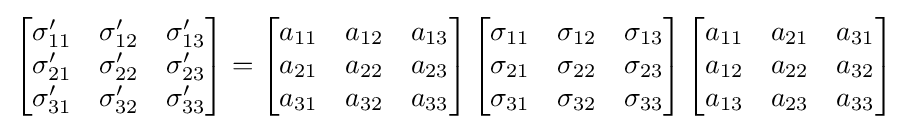
\left[{\begin{matrix}\sigma '_{11}&\sigma '_{12}&\sigma '_{13}\\\sigma '_{21}&\sigma '_{22}&\sigma '_{23}\\\sigma '_{31}&\sigma '_{32}&\sigma '_{33}\\\end{matrix}}\right]=\left[{\begin{matrix}a_{11}&a_{12}&a_{13}\\a_{21}&a_{22}&a_{23}\\a_{31}&a_{32}&a_{33}\\\end{matrix}}\right]\left[{\begin{matrix}\sigma _{11}&\sigma _{12}&\sigma _{13}\\\sigma _{21}&\sigma _{22}&\sigma _{23}\\\sigma _{31}&\sigma _{32}&\sigma _{33}\\\end{matrix}}\right]\left[{\begin{matrix}a_{11}&a_{21}&a_{31}\\a_{12}&a_{22}&a_{32}\\a_{13}&a_{23}&a_{33}\\\end{matrix}}\right]